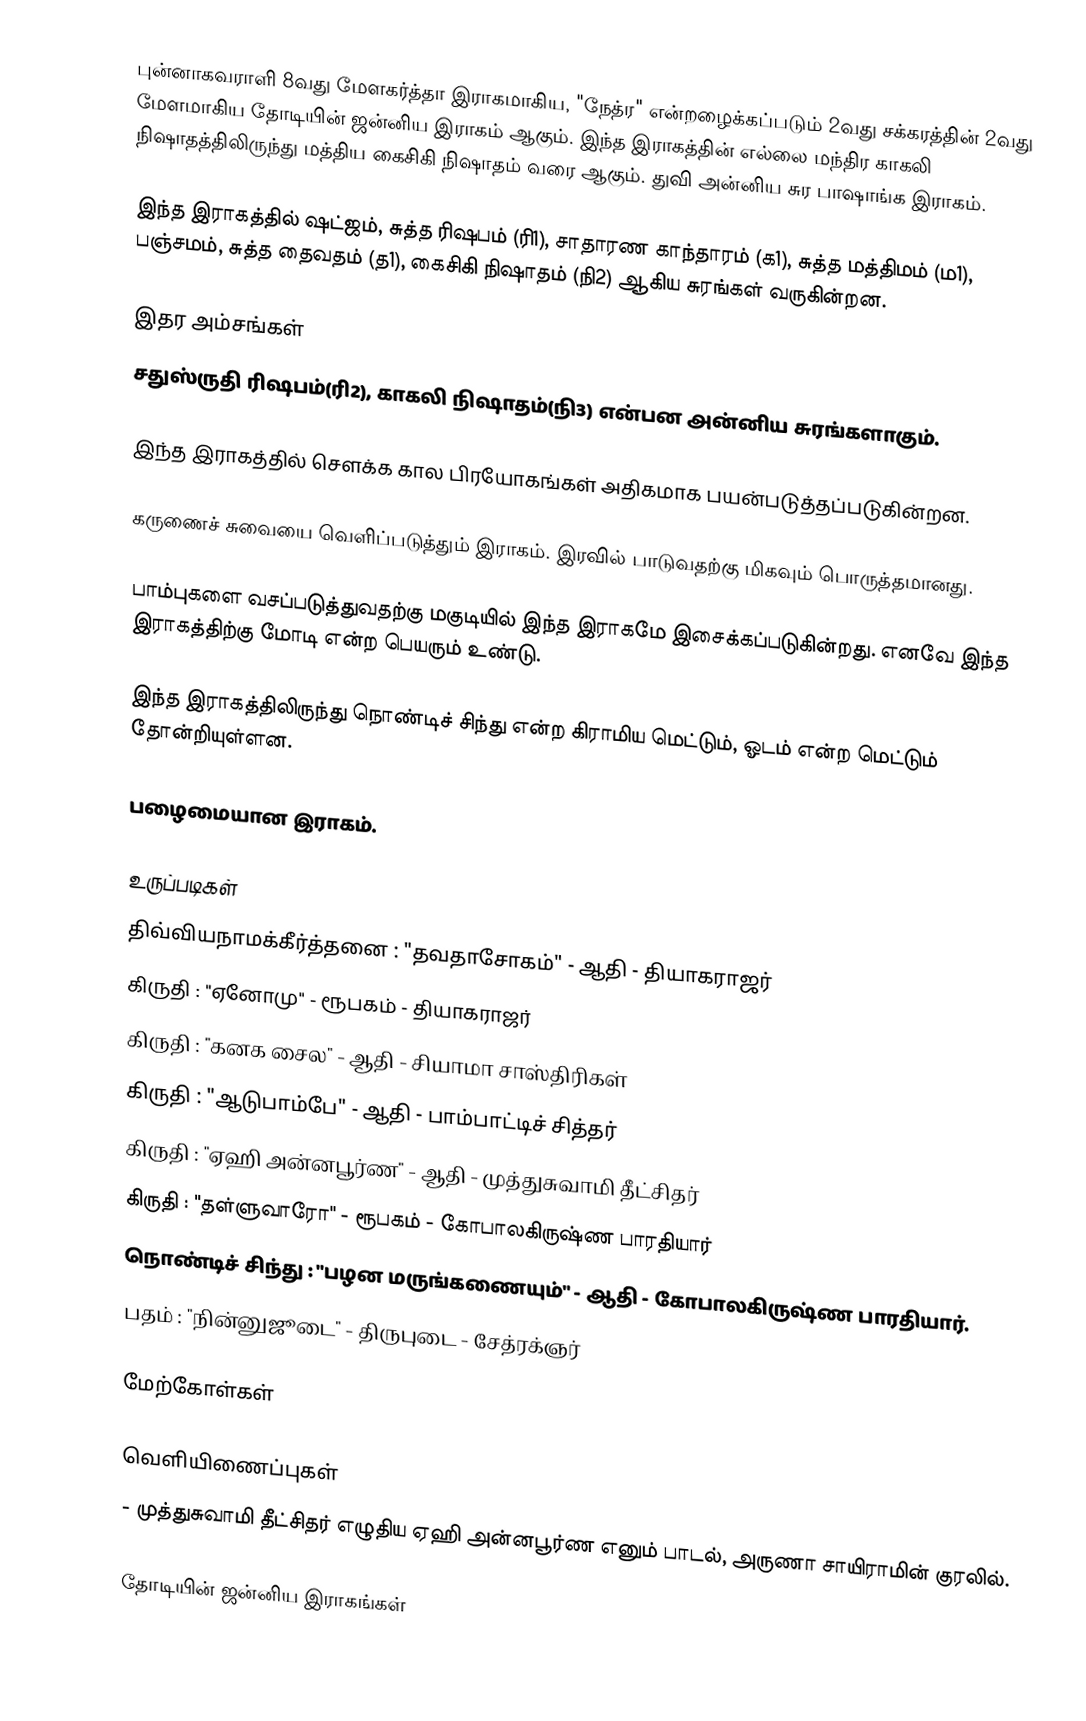
புன்னாகவராளி 8வது மேளகர்த்தா இராகமாகிய, "நேத்ர" என்றழைக்கப்படும் 2வது சக்கரத்தின் 2வது மேளமாகிய தோடியின் ஜன்னிய இராகம் ஆகும். இந்த இராகத்தின் எல்லை மந்திர காகலி நிஷாதத்திலிருந்து மத்திய கைசிகி நிஷாதம் வரை  ஆகும். துவி அன்னிய சுர பாஷாங்க இராகம்.

 இந்த இராகத்தில் ஷட்ஜம், சுத்த ரிஷபம் (ரி1), சாதாரண காந்தாரம் (க1), சுத்த மத்திமம் (ம1), பஞ்சமம், சுத்த தைவதம் (த1), கைசிகி நிஷாதம் (நி2) ஆகிய சுரங்கள் வருகின்றன.

இதர அம்சங்கள்
 சதுஸ்ருதி ரிஷபம்(ரி2), காகலி நிஷாதம்(நி3) என்பன அன்னிய சுரங்களாகும்.

 இந்த இராகத்தில் சௌக்க கால பிரயோகங்கள் அதிகமாக பயன்படுத்தப்படுகின்றன.

 கருணைச் சுவையை வெளிப்படுத்தும் இராகம். இரவில் பாடுவதற்கு மிகவும் பொருத்தமானது.

 பாம்புகளை வசப்படுத்துவதற்கு மகுடியில் இந்த இராகமே இசைக்கப்படுகின்றது. எனவே இந்த இராகத்திற்கு மோடி என்ற பெயரும் உண்டு.

 இந்த இராகத்திலிருந்து நொண்டிச் சிந்து என்ற கிராமிய மெட்டும், ஓடம் என்ற மெட்டும் தோன்றியுள்ளன.

 பழைமையான இராகம்.

உருப்படிகள்
 திவ்வியநாமக்கீர்த்தனை	: "தவதாசோகம்"	- ஆதி		- தியாகராஜர்
 கிருதி			: "ஏனோமு"		- ரூபகம்	- தியாகராஜர்
 கிருதி			: "கனக சைல"	- ஆதி		- சியாமா சாஸ்திரிகள்
 கிருதி			: "ஆடுபாம்பே"	- ஆதி		- பாம்பாட்டிச் சித்தர்
 கிருதி : "ஏஹி அன்னபூர்ண" - ஆதி -  முத்துசுவாமி தீட்சிதர்
 கிருதி			: "தள்ளுவாரோ"	- ரூபகம்	- கோபாலகிருஷ்ண பாரதியார்
 நொண்டிச் சிந்து : "பழன மருங்கணையும்" - ஆதி - கோபாலகிருஷ்ண பாரதியார்.
 பதம் : "நின்னுஜூடை" - திருபுடை - சேத்ரக்ஞர்

மேற்கோள்கள்

வெளியிணைப்புகள்
  - முத்துசுவாமி தீட்சிதர் எழுதிய ஏஹி அன்னபூர்ண எனும் பாடல், அருணா சாயிராமின் குரலில்.

தோடியின் ஜன்னிய இராகங்கள்